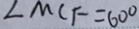
\angle M C F = 6 0 ^ { \circ }